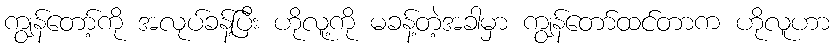
ကျွန်တော့်ကို အလုပ်ခန့်ပြီး ဟိုလူ့ကို မခန့်တဲ့အခါမှာ ကျွန်တော်ထင်တာက ဟိုလူဟာ